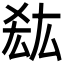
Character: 𭆠